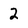
Character: 2